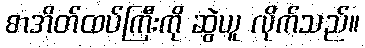
စာအိတ်ထပ်ကြီးကို ဆွဲယူ လိုက်သည်။